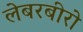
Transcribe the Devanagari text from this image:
लेबरबीरो